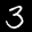
Label: 3